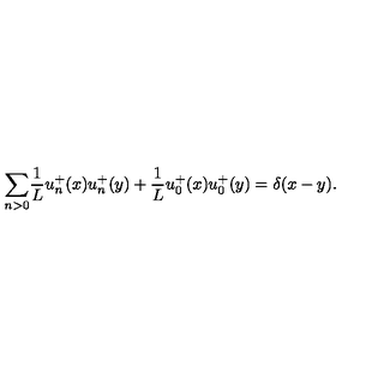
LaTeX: { \sum _ { n > 0 } } \frac { 1 } { L } u _ { n } ^ { + } ( x ) u _ { n } ^ { + } ( y ) + \frac { 1 } { L } u _ { 0 } ^ { + } ( x ) u _ { 0 } ^ { + } ( y ) = \delta ( x - y ) .